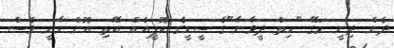
ދެން ދިނީ މަގޭ "ހިތް ދީވާނާ"ގެ ސީޑީގެ ކޮޕީއެއް އޭތި އޮންނާނީ ވެސް